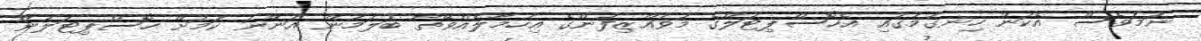
ނަމަވެސް އެކަން ހިނގުމުގައި އެހޮސްޕިޓަލްގެ މުވައްޒިފުންގެ އިހުމާލެއްވޭތޯ ބަލަމުން އަންނަ ކަމަށް ހޮސްޕިޓަލުން